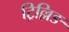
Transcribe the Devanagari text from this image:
ट्रिल्लिङ